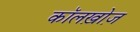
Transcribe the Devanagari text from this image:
कॉलख़ोज़